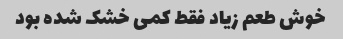
خوش طعم زیاد فقط کمی خشک شده بود